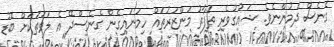
ގެނެސް ދެމުންނެވެ. ޝައުގުވެރި ތަފާތު މަންޒަރުތައް ހިމަނައިގެން ގެނެސްދޭ އެ ލަވަތަކަށް ބޮޑު